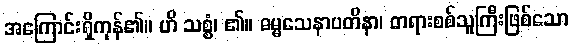
အကြောင်းရှိကုန်၏။ ဟိ သစ္စံ၊ ၏။ ဓမ္မသေနာပတိနာ၊ တရားစစ်သူကြီးဖြစ်သော